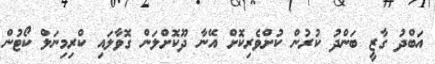
އަބްދު ގާޒީ ބަންދު ކުރުން ކުށްވެރިކޮށް އޭނާ ދޫކޮށްލަން ގޮވާލައި ކްރިމިނަލް ކޯޓުން